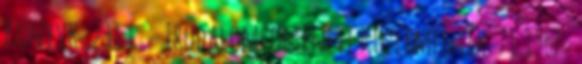
Könyvk. 231 l. = Irodalomtörténeti Közlemények. 71 1967 .